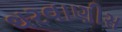
થરવાણીસ